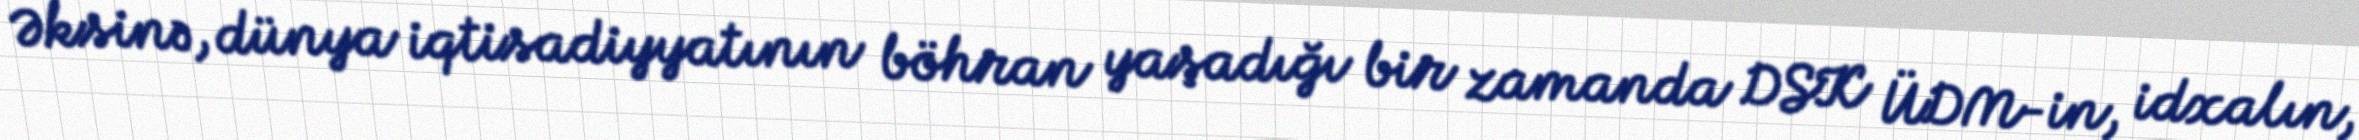
Əksinə, dünya iqtisadiyyatının böhran yaşadığı bir zamanda DSK ÜDM-in, idxalın,